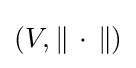
(V,\|\,\cdot \,\|)